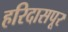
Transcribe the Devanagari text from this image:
हरिदासपूर